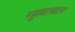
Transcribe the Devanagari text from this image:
रहुल्लाखान